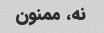
نه، ممنون